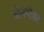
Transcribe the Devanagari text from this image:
बोमपोका